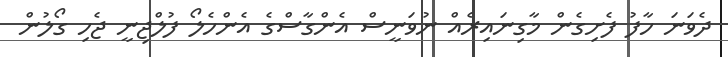
ދެވަނަ ހާފު ފެށިގެން މާގިނައިރެއް ނުވަނީސް އެންގާސްގެ އެންހެލޯ ފުލްޖިނީ ޖެހި ގޯލުން